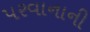
પરવાનાની